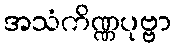
အသံကိဏ္ဏပုဗ္ဗာ